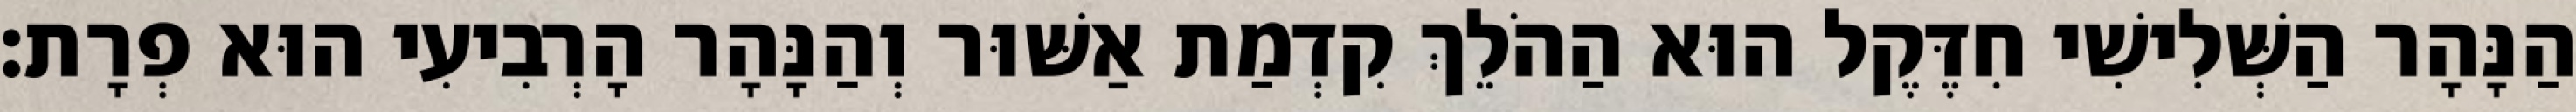
הַנָּהָר הַשְּׁלִישִׁי חִדֶּקֶל הוּא הַהֹלֵךְ קִדְמַת אַשּׁוּר וְהַנָּהָר הָרְבִיעִי הוּא פְרָת׃